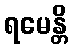
ရမေန္တိ